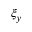
\xi _ { y }